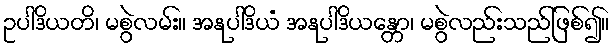
ဥပါဒိယတိ၊ မစွဲလမ်း။ အနုပါဒိယံ အနုပါဒိယန္တော၊ မစွဲလည်းသည်ဖြစ်၍။